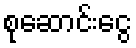
စုဆောင်းငွေ